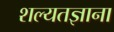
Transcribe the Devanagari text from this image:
शल्यतज्ञाना